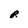
Character: R